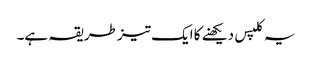
یہ کلپس دیکھنے کا ایک تیز طریقہ ہے۔